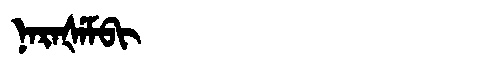
Manchu: ᠨᠠᡵᠠᡧᡝᠮᠪᡳ
Romanization: NARAŠEMBI